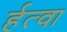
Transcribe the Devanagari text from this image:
र्हत्वा